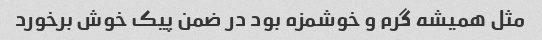
مثل همیشه گرم و خوشمزه بود در ضمن پیک خوش برخورد